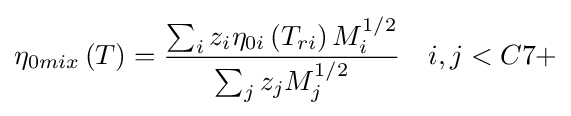
\eta _{0mix}\left(T\right)={\frac {\sum _{i}z_{i}\eta _{0i}\left(T_{ri}\right)M_{i}^{1/2}}{\sum _{j}z_{j}M_{j}^{1/2}}}\quad i,j<C7+